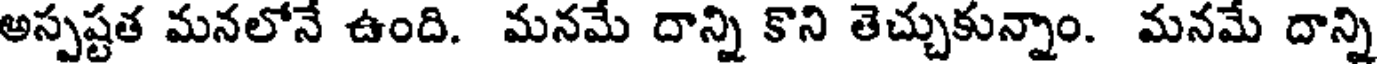
అస్పష్టత మనలోనే ఉంది. మనమే దాన్ని కొని తెచ్చుకున్నాం. మనమే దాన్ని